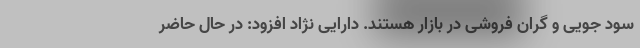
سود جویی و گران فروشی در بازار هستند. دارایی نژاد افزود: در حال حاضر